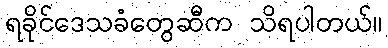
ရခိုင်ဒေသခံတွေဆီက သိရပါတယ်။